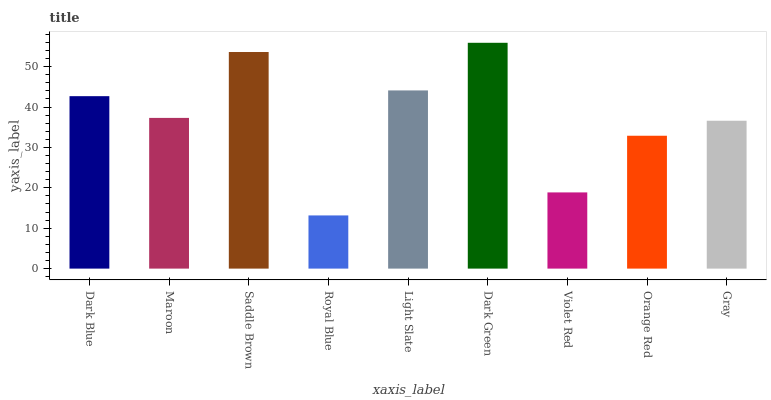
| xaxis_label | bars |
 | --- | --- |
 | Dark Blue | 42.7 |
 | Maroon | 37.3 |
 | Saddle Brown | 53.6 |
 | Royal Blue | 13.2 |
 | Light Slate | 44.1 |
 | Dark Green | 55.9 |
 | Violet Red | 18.9 |
 | Orange Red | 32.9 |
 | Gray | 36.6 |